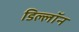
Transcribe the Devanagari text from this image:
डिल्लॉन